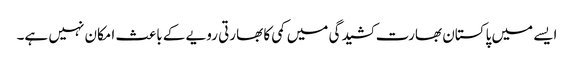
ایسے میں پاکستان بھارت کشیدگی میں کمی کا بھارتی رویے کے باعث امکان نہیں ہے۔